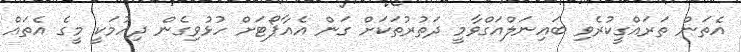
އެތަން ތަރައްގީކުރެވި ބައިނަލްއަގްވާމީ ދަތުރުތަކަށް ގަން އެއާޕޯޓަށް ހުޅުވިގެން ދިއުމަކީ މީގެ އެތައް